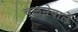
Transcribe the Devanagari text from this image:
चलनेवालें